画像に写った文字を読んでください
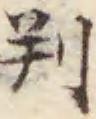
「判」と書いてあります